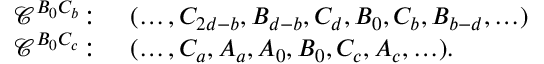
\begin{array} { r l } { \mathcal { C } ^ { B _ { 0 } C _ { b } } \colon } & { ( \ldots , C _ { 2 d - b } , B _ { d - b } , C _ { d } , B _ { 0 } , C _ { b } , B _ { b - d } , \ldots ) } \\ { \mathcal { C } ^ { B _ { 0 } C _ { c } } \colon } & { ( \ldots , C _ { a } , A _ { a } , A _ { 0 } , B _ { 0 } , C _ { c } , A _ { c } , \ldots ) . } \end{array}